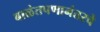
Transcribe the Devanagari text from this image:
बाळंतपणानंतरचे